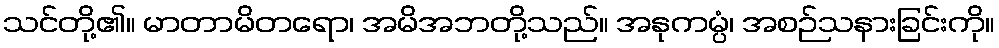
သင်တို့၏။ မာတာမိတရော၊ အမိအဘတို့သည်။ အနုကမ္ပံ၊ အစဉ်သနားခြင်းကို။